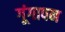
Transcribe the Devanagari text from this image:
गूंगापन